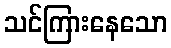
သင်ကြားနေသော